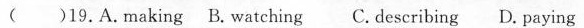
()19.A.Making B.Watching C. Describing D. Paying